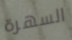
السهرة